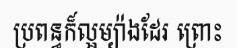
ប្រពន្ធក៏ល្អម្យ៉ាងដែរ ព្រោះ